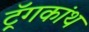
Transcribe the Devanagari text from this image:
ट्रॅगकांथ